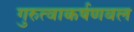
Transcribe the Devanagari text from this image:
गुरुत्वाकर्षणबल